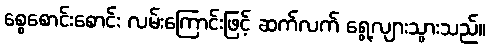
စွေစောင်းစောင်း လမ်းကြောင်းဖြင့် ဆက်လက် ရွေ့လျားသွားသည်။